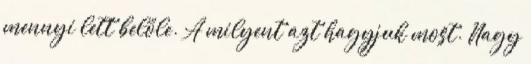
mennyi lett belőle. A milyent azt hagyjuk most. Nagy